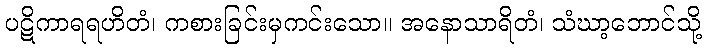
ပဋိကာရရဟိတံ၊ ကစားခြင်းမှကင်းသော။ အနောသာရိတံ၊ သံဃာ့ဘောင်သို့